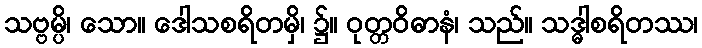
သဗ္ဗမ္ပိ၊ သော။ ဒေါသစရိတမှိ၊ ၌။ ဝုတ္တဝိဓာနံ၊ သည်။ သဒ္ဓါစရိတဿ၊